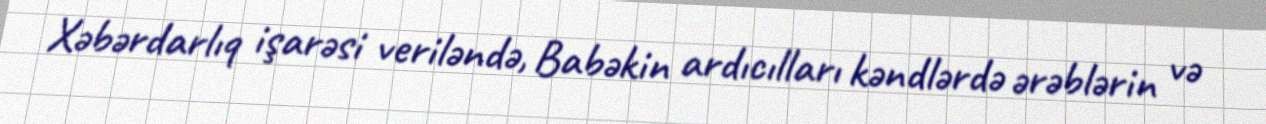
Xəbərdarlıq işarəsi veriləndə, Babəkin ardıcılları kəndlərdə ərəblərin və